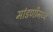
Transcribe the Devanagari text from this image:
मांडणीमध्ये